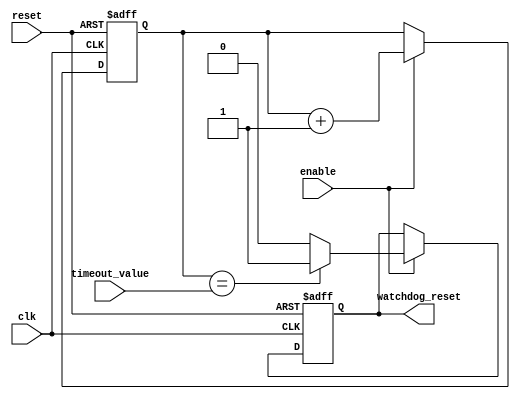
module watchdog_timer (
    input wire clk,
    input wire reset,
    input wire enable,
    input wire [15:0] timeout_value,
    output reg watchdog_reset
);

reg [15:0] counter;

always @(posedge clk or posedge reset) begin
    if (reset) begin
        counter <= 16'h0000;
        watchdog_reset <= 1'b0;
    end else if (enable) begin
        counter <= counter + 1;
        if (counter == timeout_value) begin
            watchdog_reset <= 1'b1;
        end else begin
            watchdog_reset <= 1'b0;
        end
    end
end

endmodule